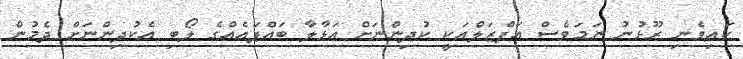
ކައިވެނި ރޫޅުނު ނަމަވެސް އަފްޒަލްއަކީ ކުދިންނަށް އަޅާލާ ބައްޕައެއްގެ ލޯބި އެކުދިންނަށް ދެމުން